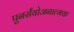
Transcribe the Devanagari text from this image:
पुनर्संयोजनात्मक